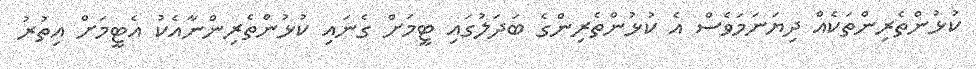
ކުޅުންތެރިންތަކެއް ދިޔަނަމަވެސް އެ ކުޅުންތެރިންގެ ބަދަލުގައި ޓީމަށް ގެނައި ކުޅުންތެރިންނާއެކު އެޓީމަށް އިތުރު